system: You are a helpful assistant.
user:
Analyze the provided spectrum to determine if it is a **White Dwarf (WD)**.

A White Dwarf spectrum is defined by its **extreme purity** (due to gravitational settling) and/or **extreme pressure broadening** (due to high surface gravity). You must check for one of the following mutually exclusive signatures:

- **Key Visual Indicators (Check for ONE of these types):**

    - **1. DA-Type Signature (Most Common):**
        - **(Primary Feature):** Extreme pressure broadening (Stark broadening) of the **Hydrogen (H) Balmer lines**.
        - **(Key Lines):** $H\beta$ (approx. $4861$ Å) and $H\gamma$ (approx. $4340$ Å). $H\alpha$ (approx. $6563$ Å) will also be present if the wavelength range covers it.
        - **(Line Profile):** This is the **defining feature**. The lines are **NOT** sharp. They appear as massive, **extremely broad and deep "troughs" or "dips"** in the spectrum, often hundreds of Ångströms wide. The continuum will appear to "scoop" down at these wavelengths.
        - **(Distinction):** Normal A-type or B-type stars have *narrow* and *sharp* Hydrogen lines. A DA White Dwarf's lines are unmistakably "smeared" or "blurry" from pressure.

    - **2. DB-Type Signature:**
        - **(Primary Feature):** Broad absorption lines from **Neutral Helium (He I)**. The spectrum must lack any visible Hydrogen lines.
        - **(Key Lines):** Look for broad absorption near $4471$ Å, $4921$ Å, and $5876$ Å.
        - **(Line Profile):** These lines are also significantly pressure-broadened, appearing much wider than they would in a normal B-type main-sequence star.

    - **3. DC-Type Signature:**
        - **(Primary Feature):** A **featureless continuous spectrum**.
        - **(Line Profile):** The spectrum is a smooth curve with **no significant absorption or emission lines**.
        - **(Key Confirmation):** The continuum is almost always **blue or white**, indicating a hot object. This signature implies the atmosphere is so pure (or so cool) that no spectral lines are visible in the optical range. Its WD identity is confirmed by its extremely low intrinsic brightness (high absolute magnitude).

    - **4. DZ-Type Signature (Metal-Polluted):**
        - **(Primary Feature):** **Isolated, narrow metal absorption lines** on an otherwise featureless (DC-like) continuum.
        - **(Key Lines):** The **Calcium (Ca II) H & K doublet** (approx. **$3934$ Å** and **$3968$ Å**) is the most common and defining feature.
        - **(Line Profile):** These lines are "out of place." They are *not* part of a "forest" of thousands of lines. This signature is evidence of recent *accretion* (pollution) from rocky debris.
        - **(Distinction):** Normal G/K/M stars have a *dense forest* of thousands of metal lines. A DZ has a *clean* continuum with *only a few* strong metal lines.

    - **5. DQ-Type Signature (Carbon-Polluted):**
        - **(Primary Feature):** Absorption bands from **Carbon (C₂ "Swan Bands" or atomic C I)**.
        - **(Key Lines - C₂):** Look for bandheads with a "saw-tooth" shape near $5635$ Å, **$5165$ Å** (strongest), and $4737$ Å.
        - **(Key Confirmation):** The underlying **continuum must be blue or white** (hot).
        - **(Distinction):** This is the critical difference from a **Carbon Star**, which has the *exact same* C₂ bands but on an extremely **red, cool** continuum.

- **(Overall Spectrum):**
    - The continuum (overall shape) is typically **blue-sloping** (brighter in the blue than the red), as most white dwarfs are very hot.
    - The spectrum will look "pure" or "simple," dominated by only *one* of the five signatures listed above.

Think first, call **spectral_visualization_tool** if needed to examine features in detail, then provide your final answer. Your response must adhere to the following strict rules:
1.  **Overall Structure:** Your response must follow the format `<think>...</think> <tool_call>...</tool_call> (if a tool is used) <answer>...</answer>`.
2.  **Tool Usage Constraint:** You may only make **one** tool call per turn.
3.  **Final Answer Format:** In the `<answer>` tag, your conclusion must be inside a `\boxed{}` command (e.g., `\boxed{YES}` or `\boxed{NO}`), followed by your justification.

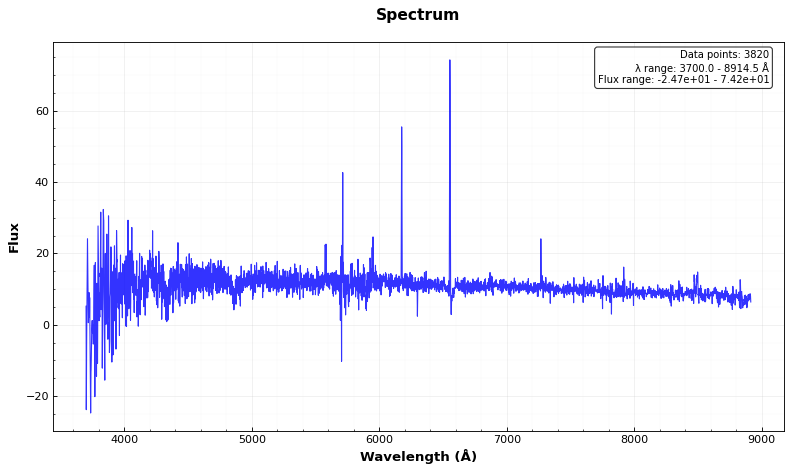
Answer: YES